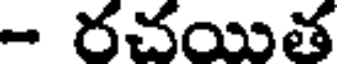
- రచయిత